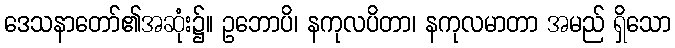
ဒေသနာတော်၏အဆုံး၌။ ဥဘောပိ၊ နကုလပိတာ၊ နကုလမာတာ အမည် ရှိသော